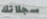
سجلاتك